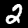
Digit: 2